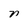
Character: n